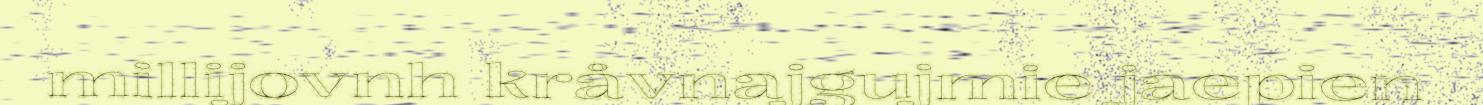
millijovnh kråvnajgujmie jaepien